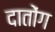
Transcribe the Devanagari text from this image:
दातोंग